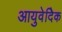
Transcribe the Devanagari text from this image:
आयुवेदिेक